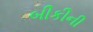
બીકીની